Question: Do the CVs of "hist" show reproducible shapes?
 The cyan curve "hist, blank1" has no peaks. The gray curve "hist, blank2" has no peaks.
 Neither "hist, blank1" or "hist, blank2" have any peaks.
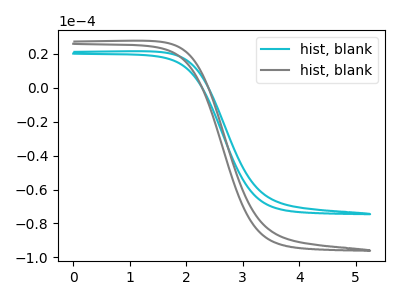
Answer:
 <answer>All the CV's of "hist" have similar shape.</answer>
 <eval>follow_rule</eval>